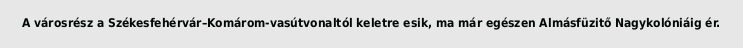
A városrész a Székesfehérvár–Komárom-vasútvonaltól keletre esik, ma már egészen Almásfüzitő Nagykolóniáig ér.